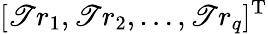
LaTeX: [\mathscr{T}r_{1},\mathscr{T}r_{2},\ldots,\mathscr{T}r_{q}]^{\mathrm{{T}}}